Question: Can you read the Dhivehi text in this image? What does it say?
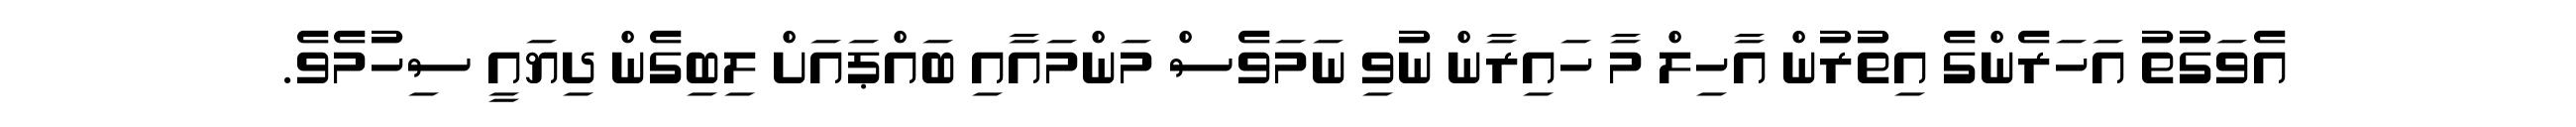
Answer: އެވަގުތު އަހަރެންގެ އިތުރުން އާހިލް މާ ހައިރާން ނުވި ނަމަވެސް މަންމައާއި ބައްޕައަށް ލިބިގެން ދިޔައީ ސިހުމެވެ.